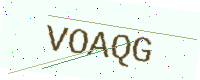
Text: VOAQG